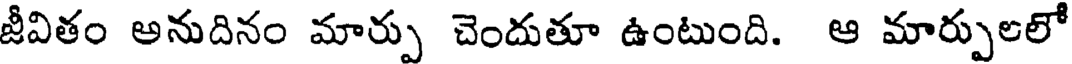
జీవితం అనుదినం మార్పు చెందుతూ ఉంటుంది. ఆ మార్పులలో